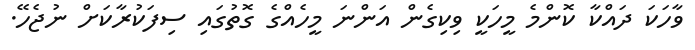
ވާހަކަ ދައްކާ ކޮންމެ މީހަކީ ވިކިގެން އަންނަ މީހެއްގެ ގޮތުގައި ސިފަކުރާކަށް ނުޖެހޭ.